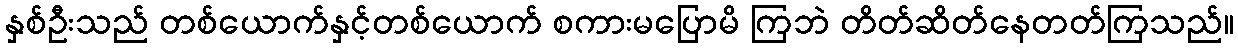
နှစ်ဦးသည် တစ်ယောက်နှင့်တစ်ယောက် စကားမပြောမိ ကြဘဲ တိတ်ဆိတ်နေတတ်ကြသည်။